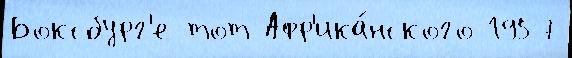
Боксбург'е тот Афр'ика́нского 1957